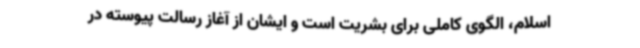
اسلام، الگوی کاملی برای بشریت است و ایشان از آغاز رسالت پیوسته در